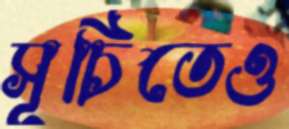
সূচিতেও